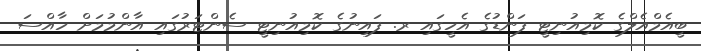
ބީއެމްއެލްގެ ކޮމިއުނިޓީ ފަންޑުގެ އެހީގައި ރ. ފައިނުގެ ކޮމިއުނިޓީ ސެންޓަރުގައި އާންމުމަށް ހާއްސަ